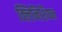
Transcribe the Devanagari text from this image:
क्लिनिशियन